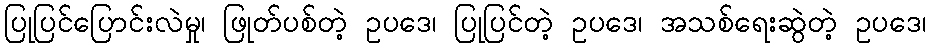
ပြုပြင်ပြောင်းလဲမှု၊ ဖြုတ်ပစ်တဲ့ ဥပဒေ၊ ပြုပြင်တဲ့ ဥပဒေ၊ အသစ်ရေးဆွဲတဲ့ ဥပဒေ၊